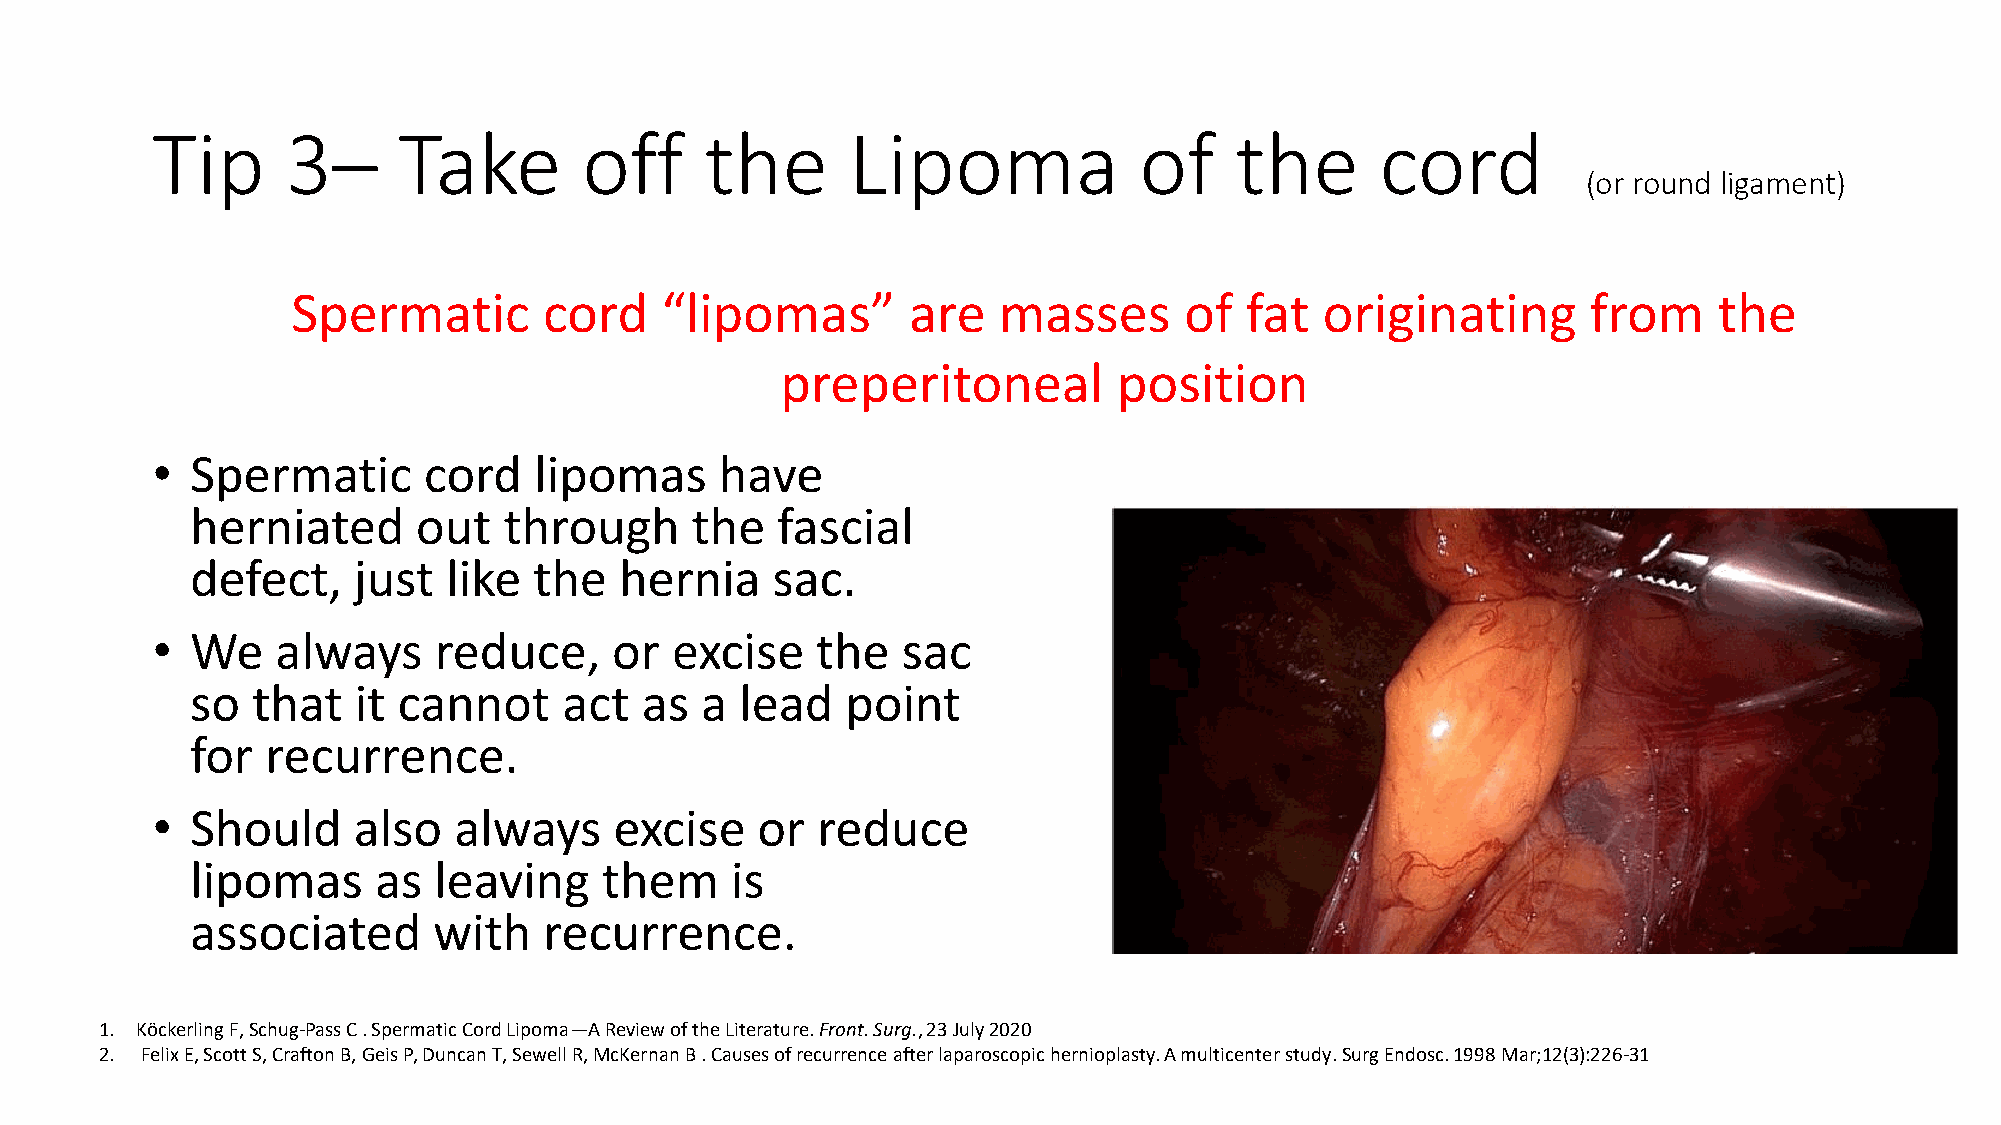
Tip      3–     Take         off     the      Lipoma             of     the      cord
 (or round ligament)
 Spermatic        cord    “lipomas”       are   masses      of  fat   originating      from     the
 preperitoneal         position
 •  Spermatic      cord   lipomas      have
 herniated      out  through      the  fascial
 defect,   just   like the   hernia    sac.
 •  We   always     reduce,     or excise    the   sac
 so  that  it cannot     act  as  a  lead   point
 for  recurrence.
 •  Should    also   always     excise   or  reduce
 lipomas     as  leaving    them    is
 associated      with   recurrence.
 1. KöckerlingF, Schug-Pass C . Spermatic Cord Lipoma—A Review of the Literature. Front. Surg., 23 July 2020
 2. Felix E, Scott S, Crafton B, GeisP, Duncan T, Sewell R, McKernanB . Causes of recurrence after laparoscopic hernioplasty. A multicenter study. SurgEndosc. 1998 Mar;12(3):226-31